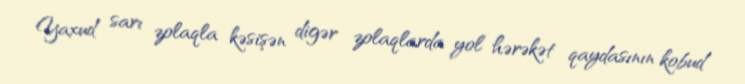
Yaxud sarı zolaqla kəsişən digər zolaqlarda yol hərəkət qaydasının kobud